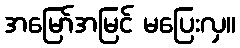
အမြော်အမြင် မပြေးလှ။